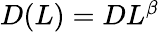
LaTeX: \begin{array}{r}{D(L)=DL^{\beta}}\end{array}